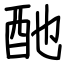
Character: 酏